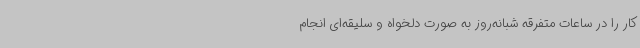
کار را در ساعات متفرقه شبانه‌روز به ‌صورت دلخواه و سلیقه‌ای انجام